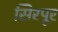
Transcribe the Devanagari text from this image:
सिरपूर